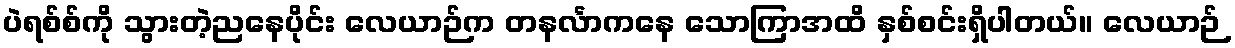
ပဲရစ်စ်ကို သွားတဲ့ညနေပိုင်း လေယာဉ်က တနင်္လာကနေ သောကြာအထိ နှစ်စင်းရှိပါတယ်။ လေယာဉ်